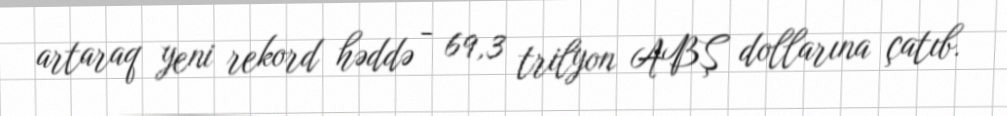
artaraq yeni rekord həddə - 69,3 trilyon ABŞ dollarına çatıb.